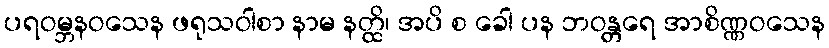
ပရဝမ္ဘနဝသေန ဖရုသဝါစာ နာမ နတ္ထိ၊ အပိ စ ခေါ ပန ဘဝန္တရေ အာစိဏ္ဏဝသေန